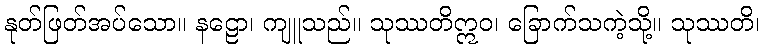
နုတ်ဖြတ်အပ်သော။ နဠော၊ ကျူသည်။ သုဿတိဣဝ၊ ခြောက်သကဲ့သို့။ သုဿတိ၊